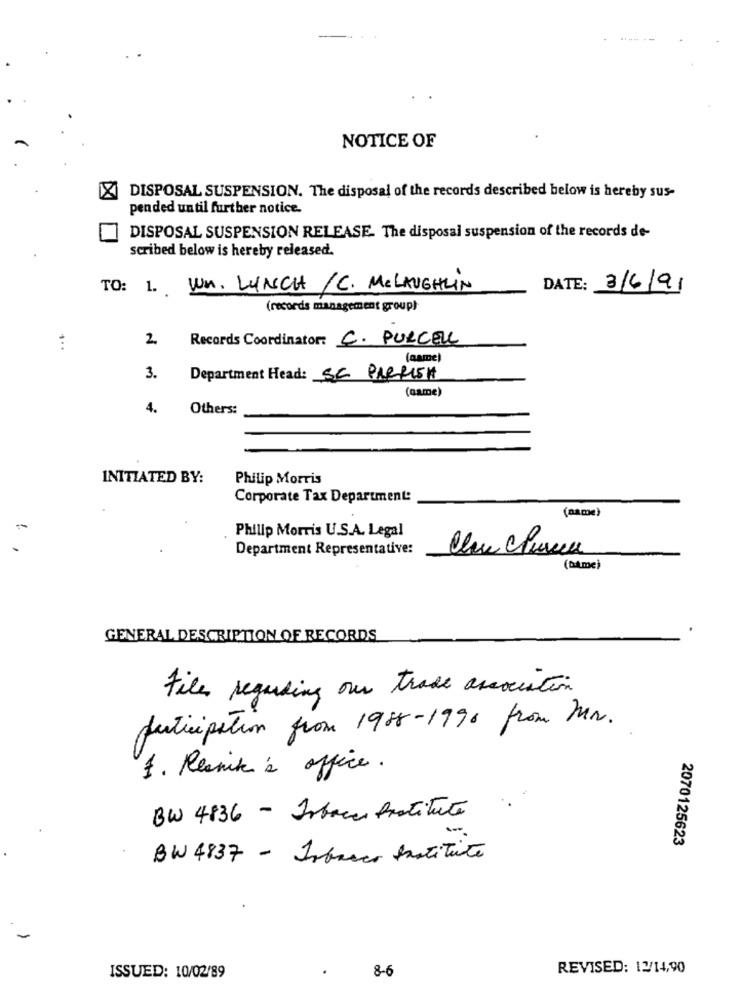
NOTICE OF
DISPOSAL SUSPENSION. The disposal of the records described below is hereby sus-
pended until further notice.
DISPOSAL SUSPENSION RELEASE. The disposal suspension of the records de-
scribed below is hereby released.
TO: 1. Un. LUNCH /C. MCLAUGHLIN
DATE: 3/6/91
(records management group)
2
Records Coordinator: C. PURCELL
(aame)
3.
Department Head: SE PARRISH
(name)
4.
Others:
INITIATED BY:
Philip Morris
Corporate Tax Department:
(name)
Philip Morris U.S.A. Legal
0
Department Representative:
Clue Chuma
(name)
GENERAL DESCRIPTION OF RECORDS
Files regarding our trade association
participation from 1988-1990 from Mr.
5. Resnik 's office.
BW 4836 - Inface Prostitute
-
2070125623
BW 4837 - Isbreer Institute
.
8-6
REVISED: 12/14,90
ISSUED: 10/02/89